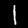
Digit: 1